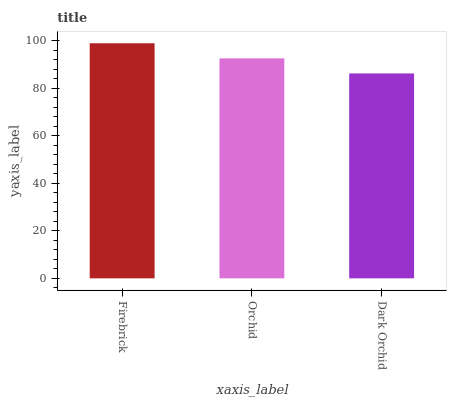
| xaxis_label | bars |
 | --- | --- |
 | Firebrick | 99 |
 | Orchid | 92.6 |
 | Dark Orchid | 86.3 |